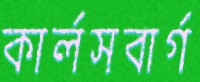
কার্লসবার্গ